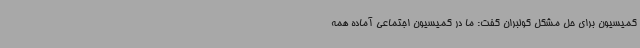
کمیسیون برای حل مشکل کولبران گفت: ما در کمیسیون اجتماعی آماده همه